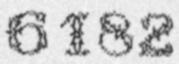
6182